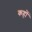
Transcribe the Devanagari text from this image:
कहों